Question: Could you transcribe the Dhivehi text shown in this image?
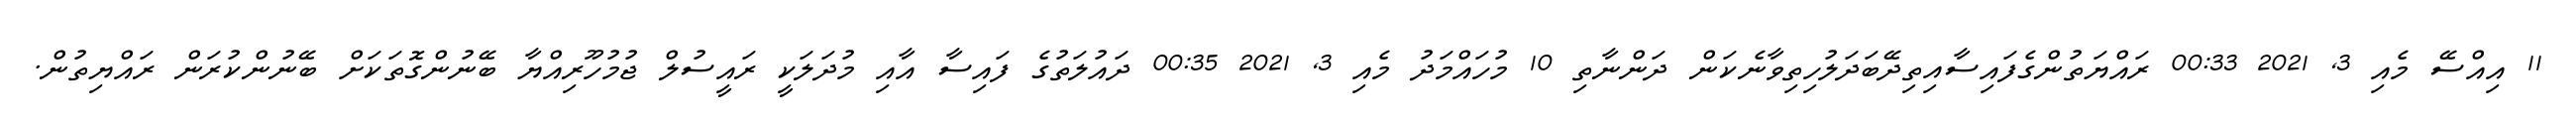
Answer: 11 އިއްސޭ މެއި 3, 2021 00:33 ރައްޔަތުންގެފައިސާއިތިދޭބަދަލުހިތިވާނެކަން ދަންނާތި 10 މުހައްމަދު މެއި 3, 2021 00:35 ދައުލަތުގެ ފައިސާ އާއި މުދަލަކީ ރައީސުލް ޖުމުހޫރިއްޔާ ބޭނުންގޮތަކަށް ބޭނުންކުރަން ރައްޔިތުން.